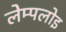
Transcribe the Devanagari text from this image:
लेम्पलोइ